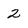
Character: 2